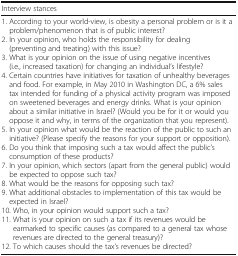
<table><thead><tr><td colspan="2"><b>Interview stances</b></td></tr></thead><tbody><tr><td colspan="2">1. According to your world-view, is obesity a personal problem or is it a problem/phenomenon that is of public interest?2. In your opinion, who holds the responsibility for dealing (preventing and treating) with this issue?3. What is your opinion on the issue of using negative incentives (i.e., increased taxation) for changing an individual’s lifestyle?4. Certain countries have initiatives for taxation of unhealthy beverages and food. For example, in May 2010 in Washington DC, a 6% sales tax intended for funding of a physical activity program was imposed on sweetened beverages and energy drinks. What is your opinion about a similar initiative in Israel? (Would you be for it or would you oppose it and why, in terms of the organization that you represent).5. In your opinion what would be the reaction of the public to such an initiative? (Please specify the reasons for your support or opposition).6. Do you think that imposing such a tax would affect the public’s consumption of these products?7. In your opinion, which sectors (apart from the general public) would be expected to oppose such tax?8. What would be the reasons for opposing such tax?9. What additional obstacles to implementation of this tax would be expected in Israel?10. Who, in your opinion would support such a tax?11. What is your opinion on such a tax if its revenues would be earmarked to specific causes (as compared to a general tax whose revenues are directed to the general treasury)?12. To which causes should the tax’s revenues be directed?</td></tr></tbody></table>